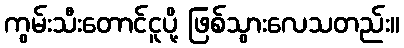
ကွမ်းသီးတောင်ငူပို့ ဖြစ်သွားလေသတည်း။